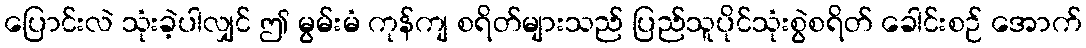
ပြောင်းလဲ သုံးခဲ့ပါလျှင် ဤ မွမ်းမံ ကုန်ကျ စရိတ်များသည် ပြည်သူပိုင်သုံးစွဲစရိတ် ခေါင်းစဉ် အောက်